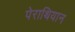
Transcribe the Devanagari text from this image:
पेराथियान